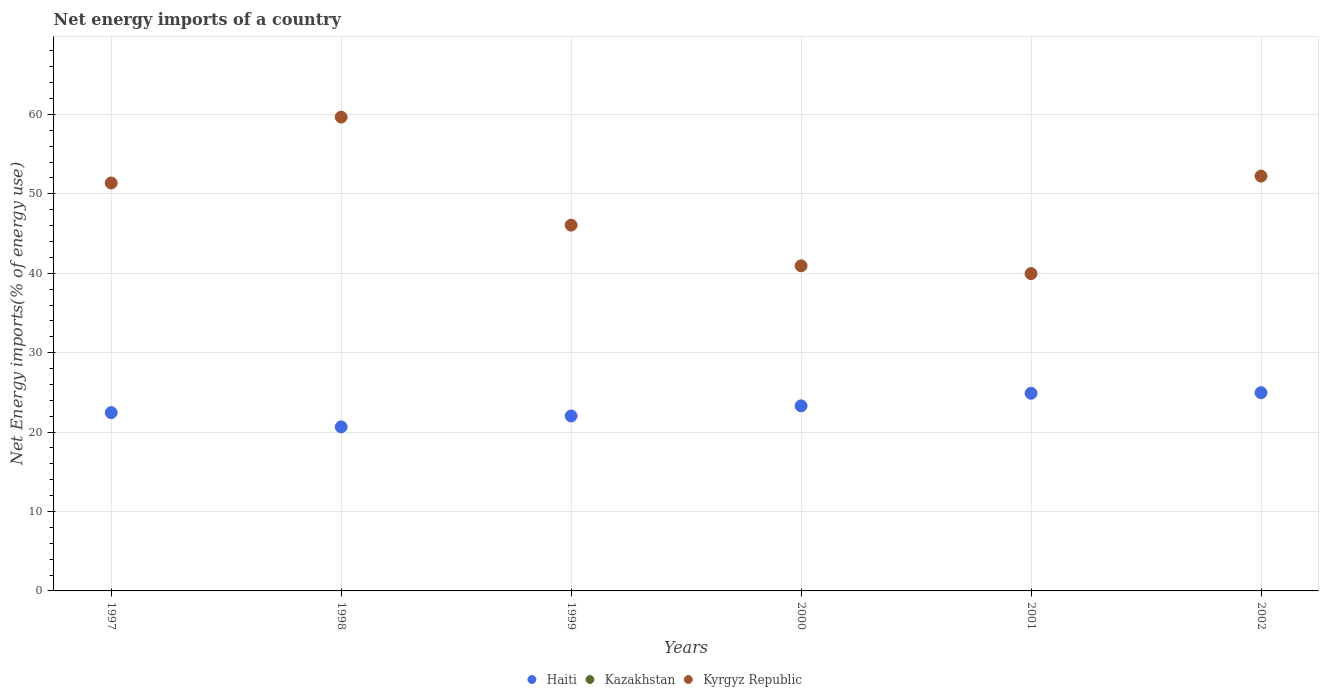
| Years | Haiti | Kazakhstan | Kyrgyz Republic |
 | --- | --- | --- | --- |
 | 1997 | 22.5 | -66 | 51.4 |
 | 1998 | 20.7 | -64.8 | 59.7 |
 | 1999 | 22 | -84.1 | 46.1 |
 | 2000 | 23.3 | -120 | 40.9 |
 | 2001 | 24.9 | -143 | 40 |
 | 2002 | 25 | -130 | 52.2 |